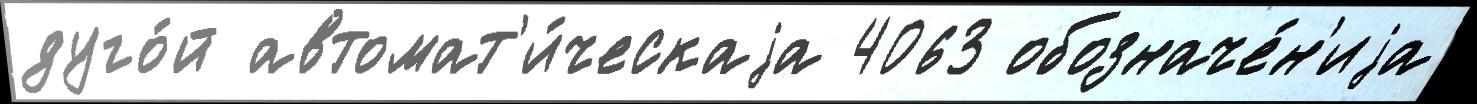
дуго́й автомат'и́ческаjа 4063 обозначе́н'иjа